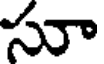
సూ